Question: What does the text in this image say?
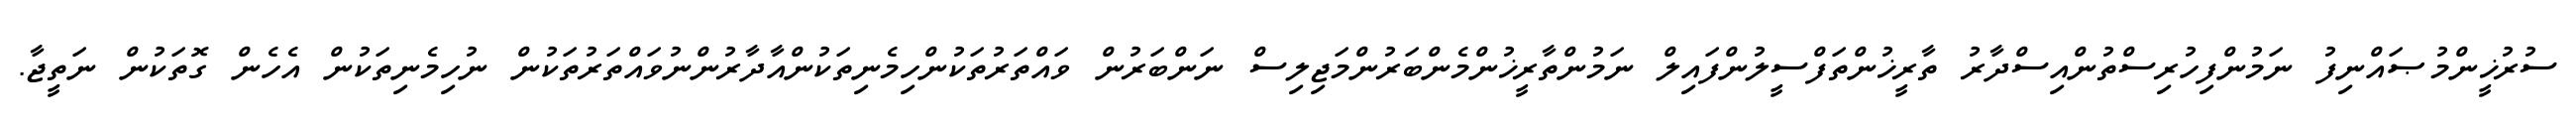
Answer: ސުރުޚީންމުޞައްނިފު ނަމުންފިހުރިސްތުންއިސްދާރު ތާރީޚުންތަފްސީލުންފައިލް ނަމުންތާރީޚުންމެންބަރުންމަޖިލިސް ނަންބަރުން ވައްތަރުތަކުންހިމެނިތަކުންއާދާރުންނުވައްތަރުތަކުން ނުހިމެނިތަކުން އެހެން ގޮތަކުން ނަތީޖާ.